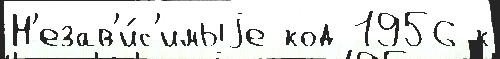
Н'езав'и́с'имыjе код 1956 к